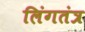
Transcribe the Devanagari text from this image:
लिंगतंत्र